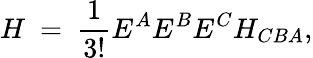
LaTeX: H\ =\ \frac{1}{3!}E^{A}E^{B}E^{C}H_{CBA},